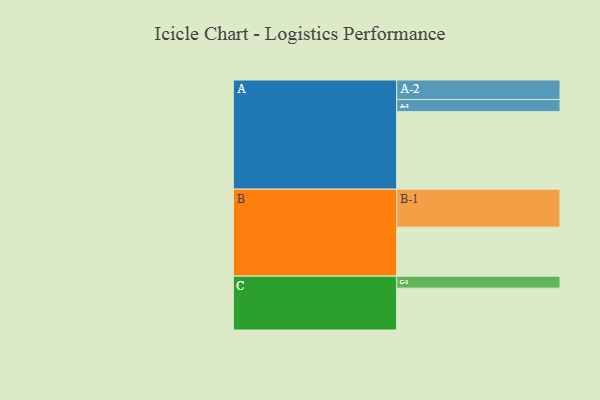
{"axis": {"x": "Segment", "y": "Value"}, "legend": ["", "A", "B", "C"], "data": [{"x": "A", "y": 587, "type": ""}, {"x": "B", "y": 371, "type": ""}, {"x": "C", "y": 317, "type": ""}, {"x": "A-1", "y": 92, "type": "A"}, {"x": "A-2", "y": 148, "type": "A"}, {"x": "B-1", "y": 288, "type": "B"}, {"x": "C-1", "y": 91, "type": "C"}]}